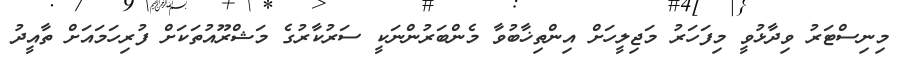
މިނިސްޓަރު ވިދާޅުވީ މިފަހަރު މަޖިލީހަށް އިންތިޚާބުވާ މެންބަރުންނަކީ ސަރުކާރުގެ މަޝްރޫއުތަކަށް ފުރިހަމައަށް ތާއީދު